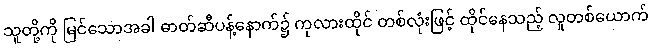
သူတို့ကို မြင်သောအခါ ဓာတ်ဆီပန့်နောက်၌ ကုလားထိုင် တစ်လုံးဖြင့် ထိုင်နေသည့် လူတစ်ယောက်